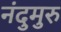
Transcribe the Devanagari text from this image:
नंदुमुरु